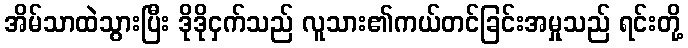
အိမ်သာထဲသွားပြီး ဒိုဒိုငှက်သည် လူသား၏ကယ်တင်ခြင်းအမှုသည် ရင်းတို့